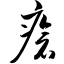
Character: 疮